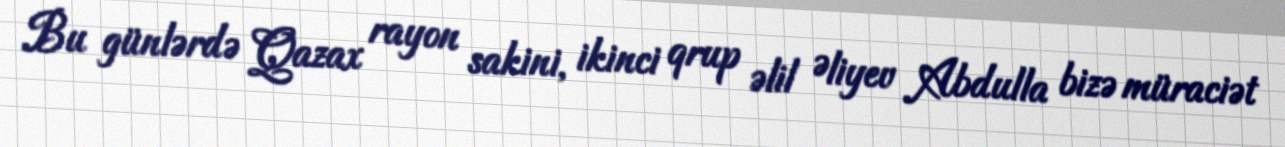
Bu günlərdə Qazax rayon sakini, ikinci qrup əlil Əliyev Abdulla bizə müraciət